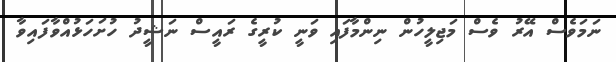
ނަމަވެސް އޭރު ވެސް މަޖިލީހުން ނިންމާފައި ވަނީ ކުރީގެ ރައީސް ނަޝީދު ހުށަހަޅުއްވާފައިވާ